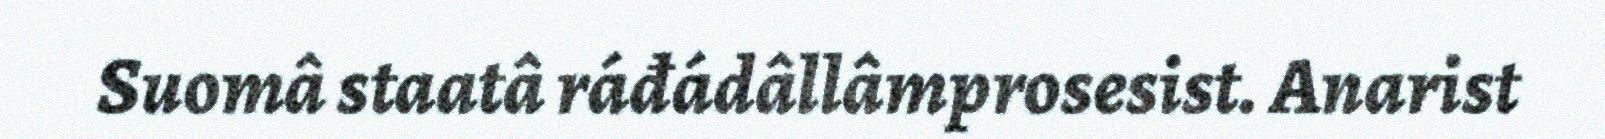
Suomâ staatâ ráđádâllâmprosesist. Anarist